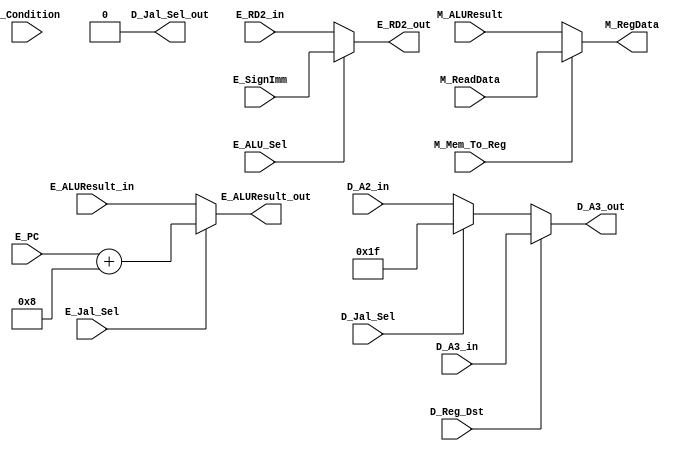
`timescale 1ns / 1ps
//////////////////////////////////////////////////////////////////////////////////
// Company: 
// Engineer: 
// 
// Design Name: 
// Module Name:    Choose 
// Project Name: 
// Target Devices: 
// Tool versions: 
// Description: 
//
// Dependencies: 
//
// Revision: 
// Revision 0.01 - File Created
// Additional Comments: 
//
//////////////////////////////////////////////////////////////////////////////////
module Choose(//D_a3 RD1.RD2(jal),E_SrcB,M_RegData, 

//
	input [4:0] D_A2_in,//A3_sel
	input [4:0] D_A3_in,
	input [31:0] E_PC,//E_PC+8//jal_sel
	input [31:0] E_ALUResult_in,
	input [31:0] E_RD2_in,//ALU_sel
	input [31:0] E_SignImm,
	input [31:0] M_ReadData,//WD3_sel
	input [31:0] M_ALUResult,
	
// 
	input D_Reg_Dst,
	input D_Jal_Sel,
	input E_Jal_Sel,
	input E_ALU_Sel,
    input M_Mem_To_Reg,
	input D_Condition,
//
	output D_Jal_Sel_out,
	output [4:0] D_A3_out,
	output [31:0] E_ALUResult_out,
	output [31:0] E_RD2_out,
	output [31:0] M_RegData
    );
	
	assign D_A3_out = 	(D_Reg_Dst == 1) ? D_A3_in ://
						(D_Jal_Sel == 1) ? 5'b11111 :
						//(D_Condition == 1) ? 5'b11111 :
						(D_Reg_Dst == 0) ? D_A2_in : 5'b0;//0?D_A2?
	assign E_RD2_out =  (E_ALU_Sel == 1) ? E_SignImm : E_RD2_in ;
	assign E_ALUResult_out = (E_Jal_Sel == 1) ? E_PC+8 : E_ALUResult_in ;
	assign M_RegData = 	(M_Mem_To_Reg == 1) ? M_ReadData : M_ALUResult ;
	
	//assign D_Jal_Sel_out = D_Jal_Sel | D_Condition | 1'b0 ;
	assign D_Jal_Sel_out = 1'b0 ;
endmodule